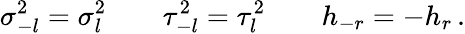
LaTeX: \sigma_{-l}^{2}=\sigma_{l}^{2}\qquad\tau_{-l}^{2}=\tau_{l}^{2}\qquad h_{-r}=-h_{r}\, .